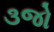
૩જો